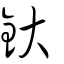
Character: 釱